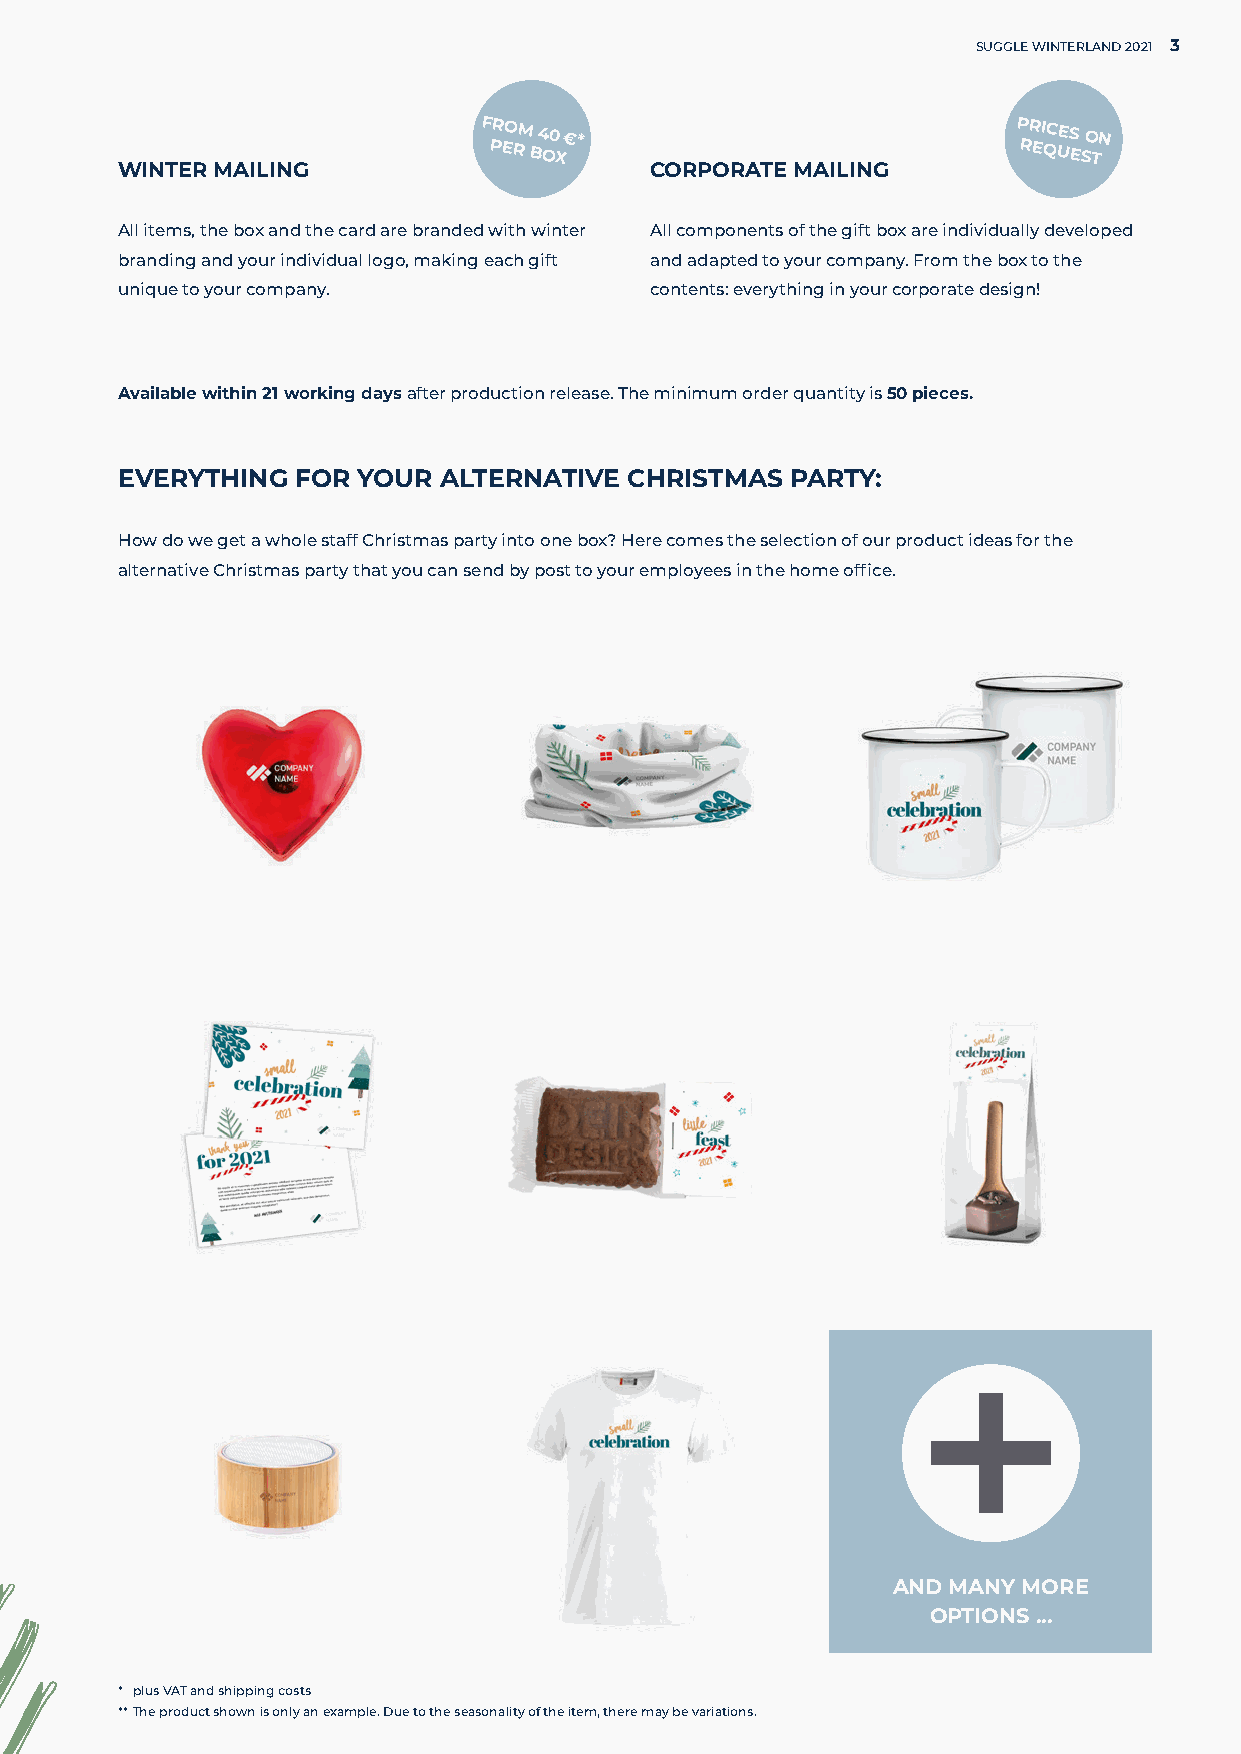
SUGGLE WINTERLAND 2021 3
 F PR EO RM
 B
 4 O0
 X
 €*                            P RR EI QC UES
 E
 SO TN
 WINTER MAILING                     CORPORATE MAILING
 All items, the box and the card are branded with winter All components of the gift box are individually developed
 branding and your individual logo, making each gift and adapted to your company. From the box to the
 unique to your company.            contents: everything in your corporate design!
 Available within 21 working days after production release. The minimum order quantity is 50 pieces.
 EVERYTHING  FOR YOUR ALTERNATIVE  CHRISTMAS PARTY:
 How do we get a whole staff Christmas party into one box? Here comes the selection of our product ideas for the
 alternative Christmas party that you can send by post to your employees in the home office.
 AND MANY MORE
 OPTIONS ...
 * plus VAT and shipping costs
 ** The product shown is only an example. Due to the seasonality of the item, there may be variations.